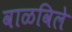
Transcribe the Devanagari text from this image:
वाळविले